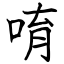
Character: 唷